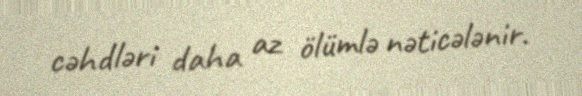
cəhdləri daha az ölümlə nəticələnir.